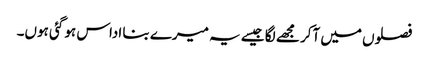
فصلوں میں آکر مجھے لگا جیسے یہ میرے بنا اداس ہو گئی ہوں۔